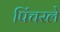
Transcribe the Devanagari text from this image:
पिंचरले